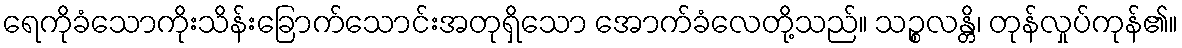
ရေကိုခံသောကိုးသိန်းခြောက်သောင်းအတုရှိသော အောက်ခံလေတို့သည်။ သဉ္စလန္တိ၊ တုန်လှုပ်ကုန်၏။